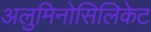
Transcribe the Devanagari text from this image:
अलुमिनोसिलिकेट